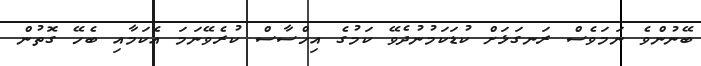
ބޭނުންވެ ނަމަވެސް ރަނގަޅަށް ކުޑަކަމުނުދެވޭ ކަމުގެ އިހްސާސް ކުރެވޭނަމަ އެކަމާއި ބެހޭ ގޮތުން